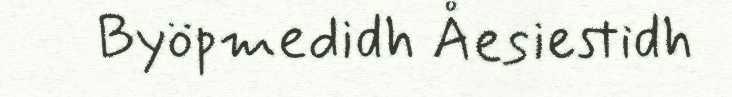
Byöpmedidh Åesiestidh